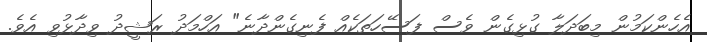
އެހެންކަމުން މިބަދަލާ ގުޅިގެން ވެސް ފަސޭހަތަކެއް ފެނިގެންދާނެ" އަހްމަދު ރަޝީދު ވިދާޅުވި އެވެ.